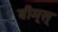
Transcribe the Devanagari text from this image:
बीम्‌स्‌